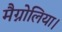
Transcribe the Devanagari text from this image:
मैग्नोलिया।